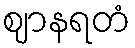
ဈာနရတံ